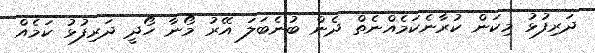
ދަރިފުޅު މިކަން ކުރާނެކަމެއްނެތް ދެން ބުނެބަލަ އޭރު މޯނާ ހޯދީ ދަރިފުޅު ކަމެއް